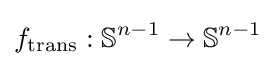
f_{\text{trans}}:\mathbb {S} ^{n-1}\to \mathbb {S} ^{n-1}